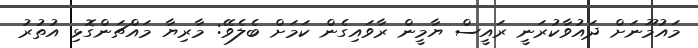
މައުމޫނަށް ދައުވާކުރަނީ ރައީސް ޔާމީން ރާވައިގެން ކަމަށް ބެލެވޭ: މާރިޔާ މައްޗަންގޮޅި އުތުރު